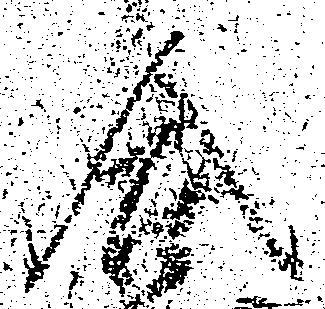
合